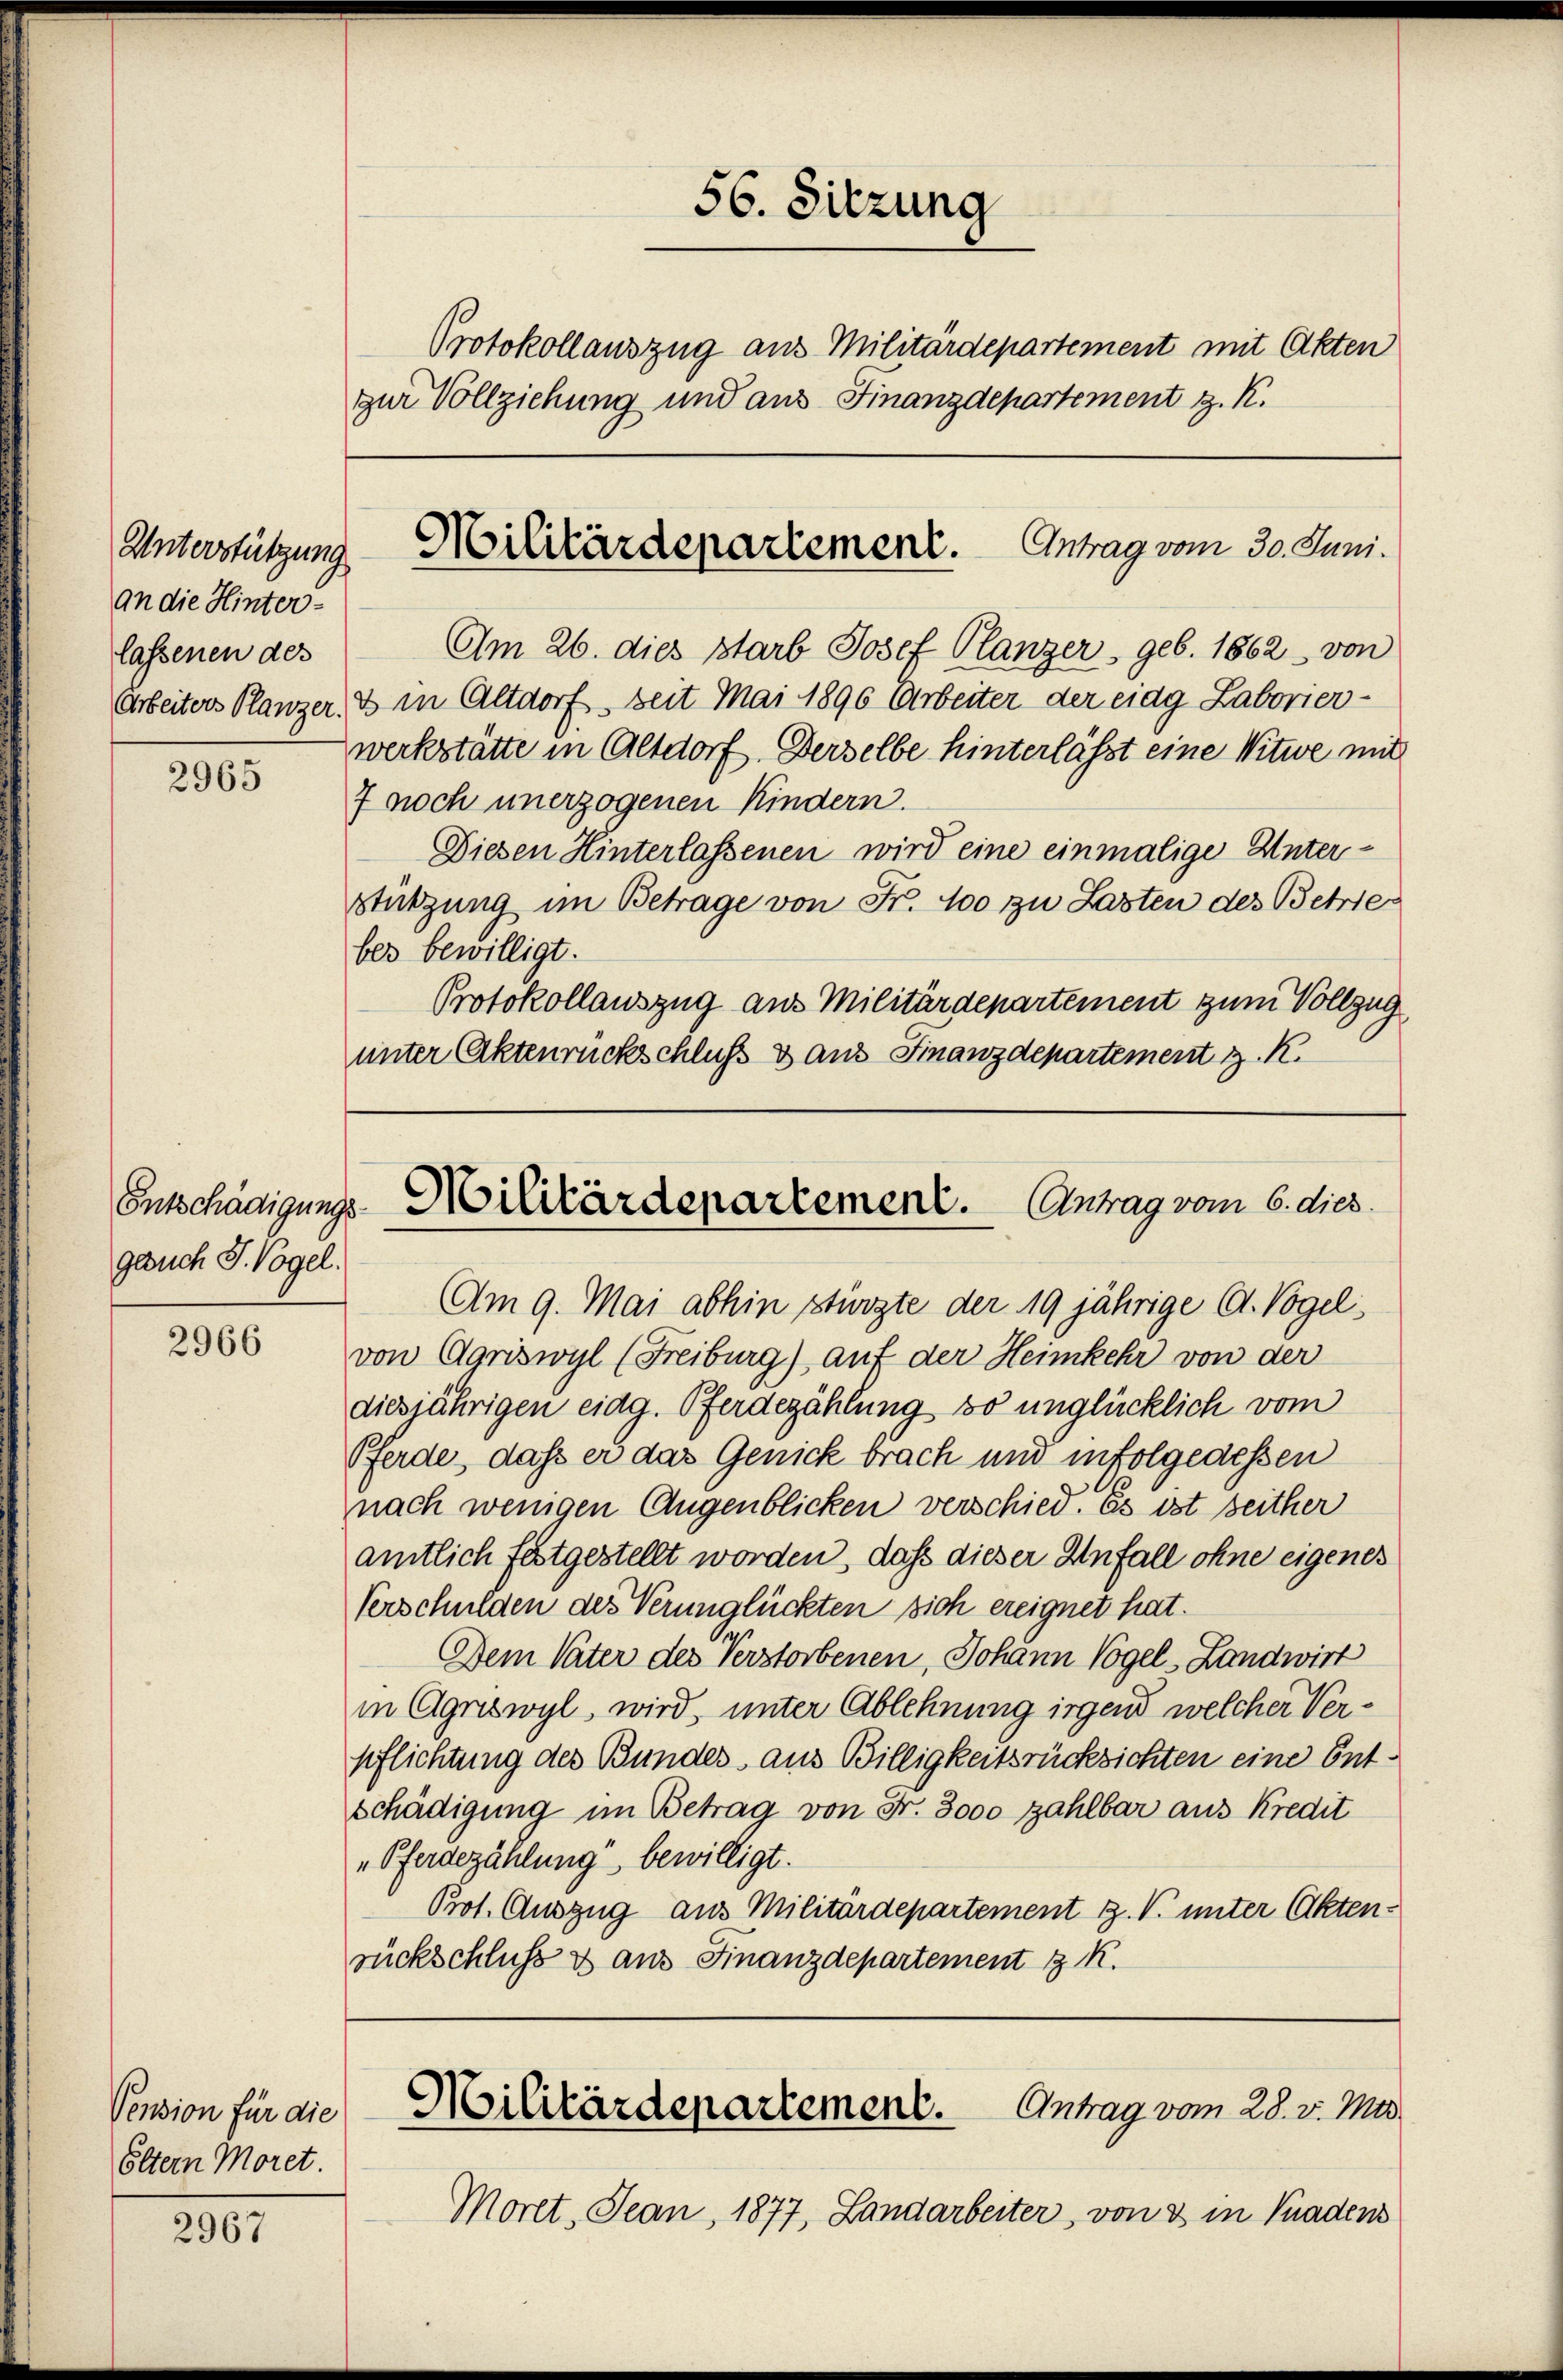
Unterstützung
an die Hinterlassenen des

2965

Entschädigung
gesuch J. Vogel.

2966

Pension für die
Eltern Moret.

2967

Protokollauszug aus Militärdepartement mit Akten
zur Vollziehung und aus Finanzdepartement z. K.

56. Sitzung

Am 26. dies starb Josef Planzer, geb. 1862 von
Arbeiters Planzer, & in Altdorf, seit Mai 1896 Arbeiter der eidg Laborier-
werkstätte in Altdorf. Derselbe hinterlässt eine Witwe mit
7 noch unerzogenen Kindern.
Diesen Hinterlassenen wird eine einmalige Unter¬
Stützung im Betrage von Fr. 100 zu Lasten des Betrier
bes bewilligt.
Protokollauszug aus Militärdepartement zum Vollzug
unter Aktenrückschluß & aus Finanzdepartement z. K.

Militärdepartement. Antrag vom 30. Juni.

u. Militärdepartement. Antrag vom 6. dies

Am 9. Mai abhin stürzte der 19 jährige C. Vogelvon Agriswyl (Freiburg), auf der Heimkehr von der
diesjährigen eidg. Pferdezählung so unglücklich vom
Pferde, dass er das Genick brach und infolgedessen
nach wenigen Augenblicken verschied. Es ist seither
amtlich festgestellt worden, daß dieser Anfall ohne eigenes
Verschulden des Verunglückten sich ereignet hat.
Dem Vater des Verstorbenen, Johann Vogel-Landwirt
in Agriswyl, wird, unter Ablehnung irgend welcher Verpflichtung des Bundes, aus Billigkeitsrücksichten eine Entschädigung im Betrag von Fr. 3000 zahlbar aus Kredit
„Pferdezählung bewilligt.
Prot. Auszug aus Militärdepartement Z. V. unter Akten-
rückschluss & aus Finanzdepartement 7 K.

Militärdepartement. Antrag vom 28. v. Ma

Moret, Jean, 1877, Landarbeiter, von & in Gnadens